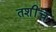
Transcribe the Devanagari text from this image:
तशींच